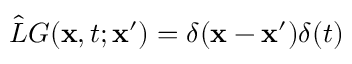
\hat { L } G ( \mathbf { x } , t ; \mathbf { x } ^ { \prime } ) = \delta ( \mathbf { x } - \mathbf { x } ^ { \prime } ) \delta ( t )